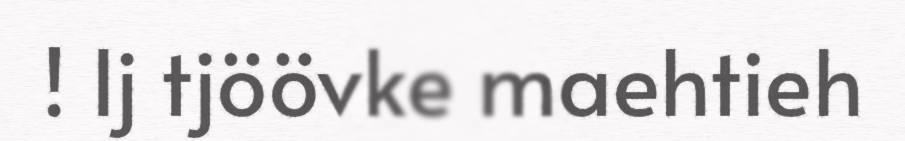
! Ij tjöövke maehtieh